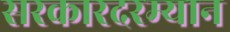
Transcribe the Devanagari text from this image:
सरकारदरम्यान